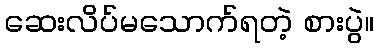
ဆေးလိပ်မသောက်ရတဲ့ စားပွဲ။